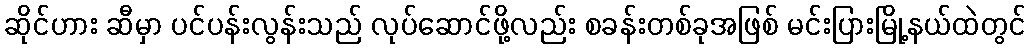
ဆိုင်ဟား ဆီမှာ ပင်ပန်းလွန်းသည် လုပ်ဆောင်ဖို့လည်း စခန်းတစ်ခုအဖြစ် မင်းပြားမြို့နယ်ထဲတွင်